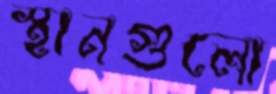
স্থানগুলো